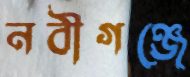
নবীগঞ্জে